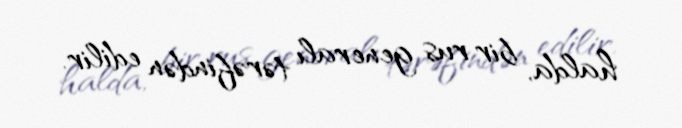
halda, bir rus generalı tərəfindən edilir.